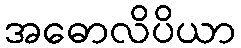
အဓောလိပိယာ